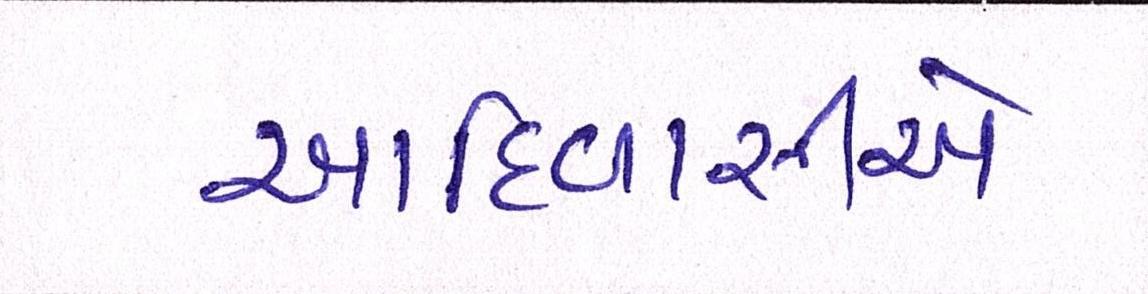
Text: આદિવાસીએ